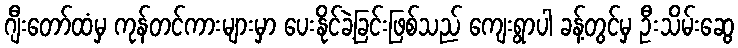
ဂျီးတော်ထံမှ ကုန်တင်ကားများမှာ ပေးနိုင်ခဲ့ခြင်းဖြစ်သည် ကျေးရွာပါ ခန့်တွင်မှ ဦးသိမ်းဆွေ